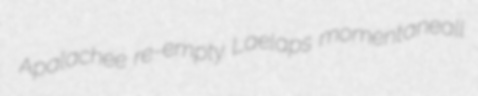
Apalachee re-empty Laelaps momentaneall